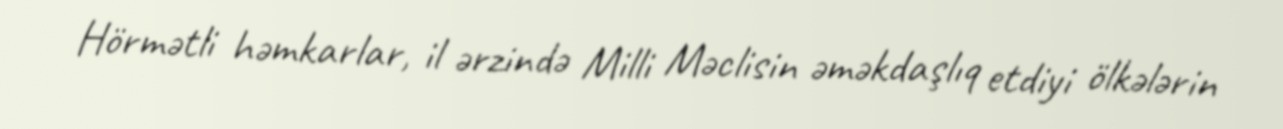
Hörmətli həmkarlar, il ərzində Milli Məclisin əməkdaşlıq etdiyi ölkələrin